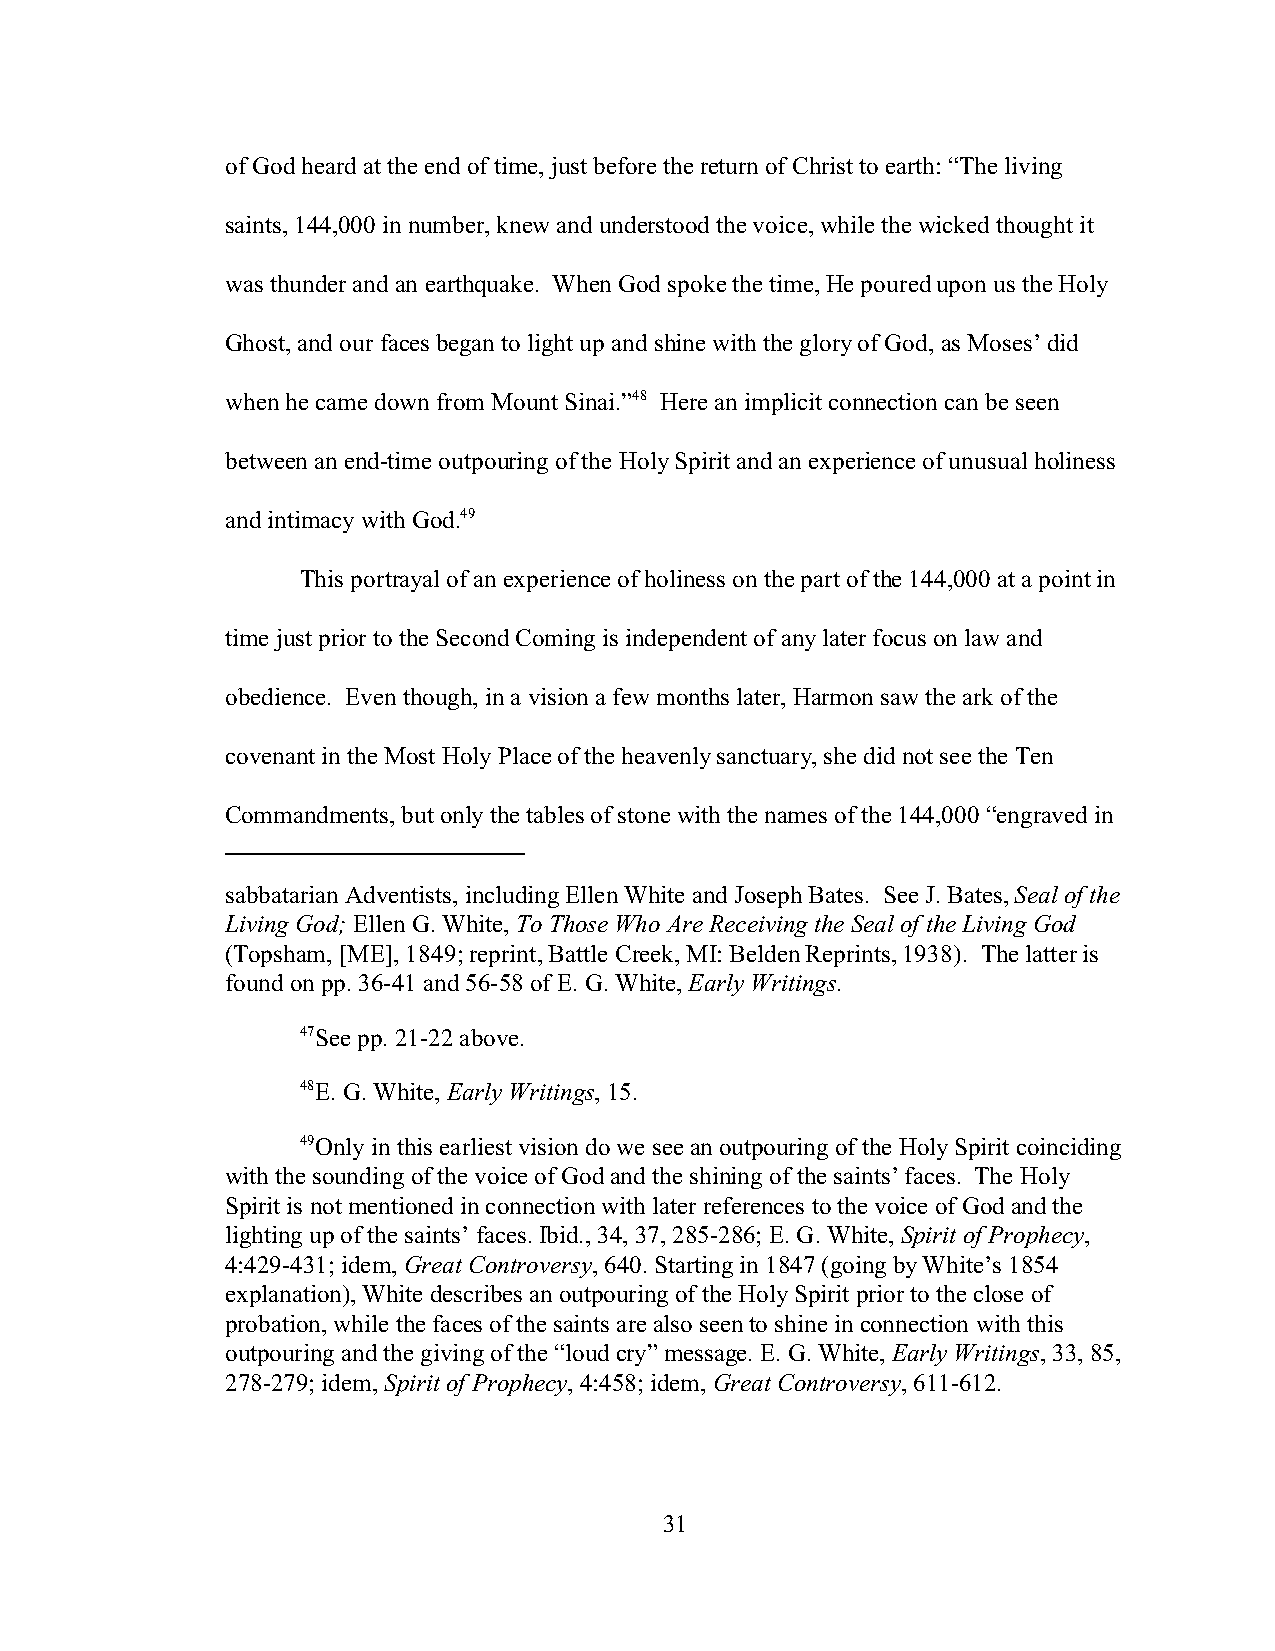
of God heard at the end of time, just before the return of Christ to earth: “The living
 saints, 144,000 in number, knew and understood the voice, while the wicked thought it
 was thunder and an earthquake. When God spoke the time, He poured upon us the Holy
 Ghost, and our faces began to light up and shine with the glory of God, as Moses’ did
 when he came down from Mount Sinai.”48 Here an implicit connection can be seen
 between an end-time outpouring of the Holy Spirit and an experience of unusual holiness
 and intimacy with God.49
 This portrayal of an experience of holiness on the part of the 144,000 at a point in
 time just prior to the Second Coming is independent of any later focus on law and
 obedience. Even though, in a vision a few months later, Harmon saw the ark of the
 covenant in the Most Holy Place of the heavenly sanctuary, she did not see the Ten
 Commandments, but only the tables of stone with the names of the 144,000 “engraved in
 sabbatarian Adventists, including Ellen White and Joseph Bates. See J. Bates, Seal of the
 Living God; Ellen G. White, To Those Who Are Receiving the Seal of the Living God
 (Topsham, [ME], 1849; reprint, Battle Creek, MI: Belden Reprints, 1938). The latter is
 found on pp. 36-41 and 56-58 of E. G. White, Early Writings.
 47See pp. 21-22 above.
 48E. G. White, Early Writings, 15.
 49Only in this earliest vision do we see an outpouring of the Holy Spirit coinciding
 with the sounding of the voice of God and the shining of the saints’ faces. The Holy
 Spirit is not mentioned in connection with later references to the voice of God and the
 lighting up of the saints’ faces. Ibid., 34, 37, 285-286; E. G. White, Spirit of Prophecy,
 4:429-431; idem, Great Controversy, 640. Starting in 1847 (going by White’s 1854
 explanation), White describes an outpouring of the Holy Spirit prior to the close of
 probation, while the faces of the saints are also seen to shine in connection with this
 outpouring and the giving of the “loud cry” message. E. G. White, Early Writings, 33, 85,
 278-279; idem, Spirit of Prophecy, 4:458; idem, Great Controversy, 611-612.
 31